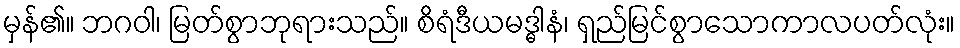
မှန်၏။ ဘဂဝါ၊ မြတ်စွာဘုရားသည်။ စိရံဒီယမဒ္ဓါနံ၊ ရှည်မြင်စွာသောကာလပတ်လုံး။